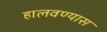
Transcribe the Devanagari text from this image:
हालवण्यास